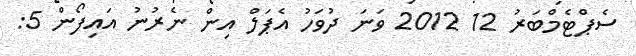
ސެޕްޓެމްބަރު 12 2012 ވަނަ ދުވަހު އެޕަލް އިން ނެރުނު އައިފޯން 5: